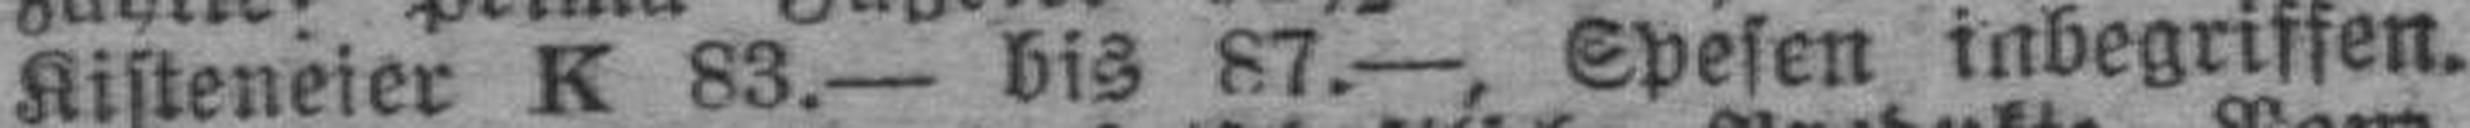
Kisteneier K 83.— bis 87.—, Spesen inbegriffen.